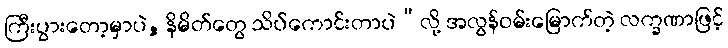
ကြီးပွားတော့မှာပဲ, နိမိတ်တွေ သိပ်ကောင်းတာပဲ”လို့ အလွန်ဝမ်းမြောက်တဲ့ လက္ခဏာဖြင့်